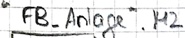
Text: "FB_Anlage".M2